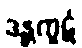
ဒန္တကူဋံ